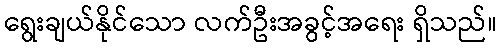
ရွေးချယ်နိုင်သော လက်ဦးအခွင့်အရေး ရှိသည်။